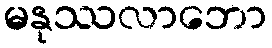
မနုဿလာဘော